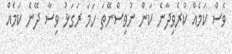
ވެސް ކަމެއް ކުރެވިދާނެ ކަން ނުވިސްނޭތަ ހަމަ ރަގަޅު ވިސާ ދޭނެ ކަމެއް